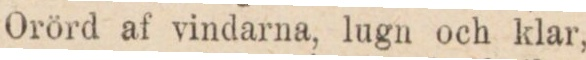
Orörd af vindarna, lugn och klar,